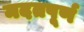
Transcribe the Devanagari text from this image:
मदतपूर्ण